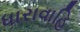
ધારાવાહિ